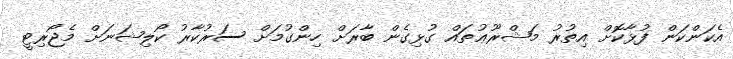
އެކަންކަން ފުޅާކޮށް އިތުރު މަޝްރޫޢުތައް ގުޅިގެން ބާރަށް ހިންގުމަށް ސަރުކާރު ކޯލިޝަނަށް މެޖޯރިޓީ